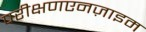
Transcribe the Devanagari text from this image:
परीक्षणएनज़ाइम